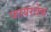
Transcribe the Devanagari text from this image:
फायरबेक